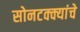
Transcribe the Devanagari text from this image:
सोनटक्क्यांचे